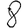
Digit: 8